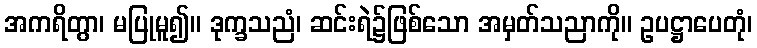
အကရိတွာ၊ မပြုမူ၍။ ဒုက္ခသညံ၊ ဆင်းရဲ၌ဖြစ်သော အမှတ်သညာကို။ ဥပဋ္ဌာပေတုံ၊